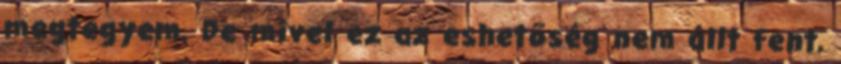
megtegyem. De mivel ez az eshetőség nem állt fent,